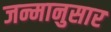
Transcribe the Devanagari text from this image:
जन्मानुसार